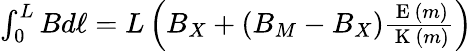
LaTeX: \begin{array}{r}{\int_{0}^{L}Bd\ell=L\left(B_{X}+(B_{M}-B_{X})\frac{\mathrm{~E~}(m)}{\mathrm{~K~}(m)}\right)}\end{array}